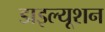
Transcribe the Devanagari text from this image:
डाइल्यूशन